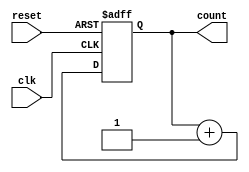
module ripple_counter #(
    parameter N = 4  // Number of bits in the counter (default is 4)
)(
    input wire clk,          // Clock input
    input wire reset,        // Asynchronous reset input
    output reg [N-1:0] count // Counter output
);

// Always block to handle the counter logic
always @(posedge clk or posedge reset) begin
    if (reset) begin
        count <= 0; // Reset the counter to 0
    end else begin
        count <= count + 1; // Increment the counter
    end
end

endmodule